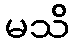
မသိ